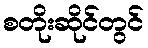
စတိုးဆိုင်တွင်